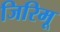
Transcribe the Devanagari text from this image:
जिरिमू